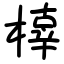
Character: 橭